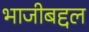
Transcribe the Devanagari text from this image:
भाजीबद्दल